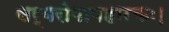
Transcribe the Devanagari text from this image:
सर्वरोगापहारकः।